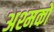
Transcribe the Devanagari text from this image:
अश्मकों